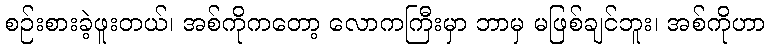
စဉ်းစားခဲ့ဖူးတယ်၊ အစ်ကိုကတော့ လောကကြီးမှာ ဘာမှ မဖြစ်ချင်ဘူး၊ အစ်ကိုဟာ